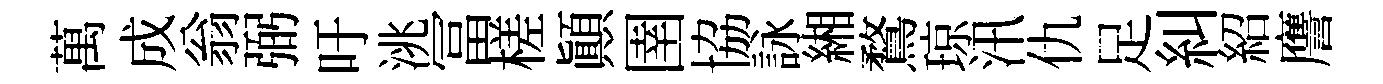
萬成翁弼吁洮冨槎顚圉協詠緗鶩琼汛仇足糾紹譍